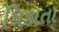
પિડાતા